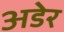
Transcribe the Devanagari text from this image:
अडेर